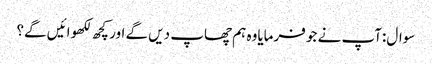
سوال:آپ نے جو فرمایاوہ ہم چھاپ دیں گے اور کچھ لکھوائیں گے؟